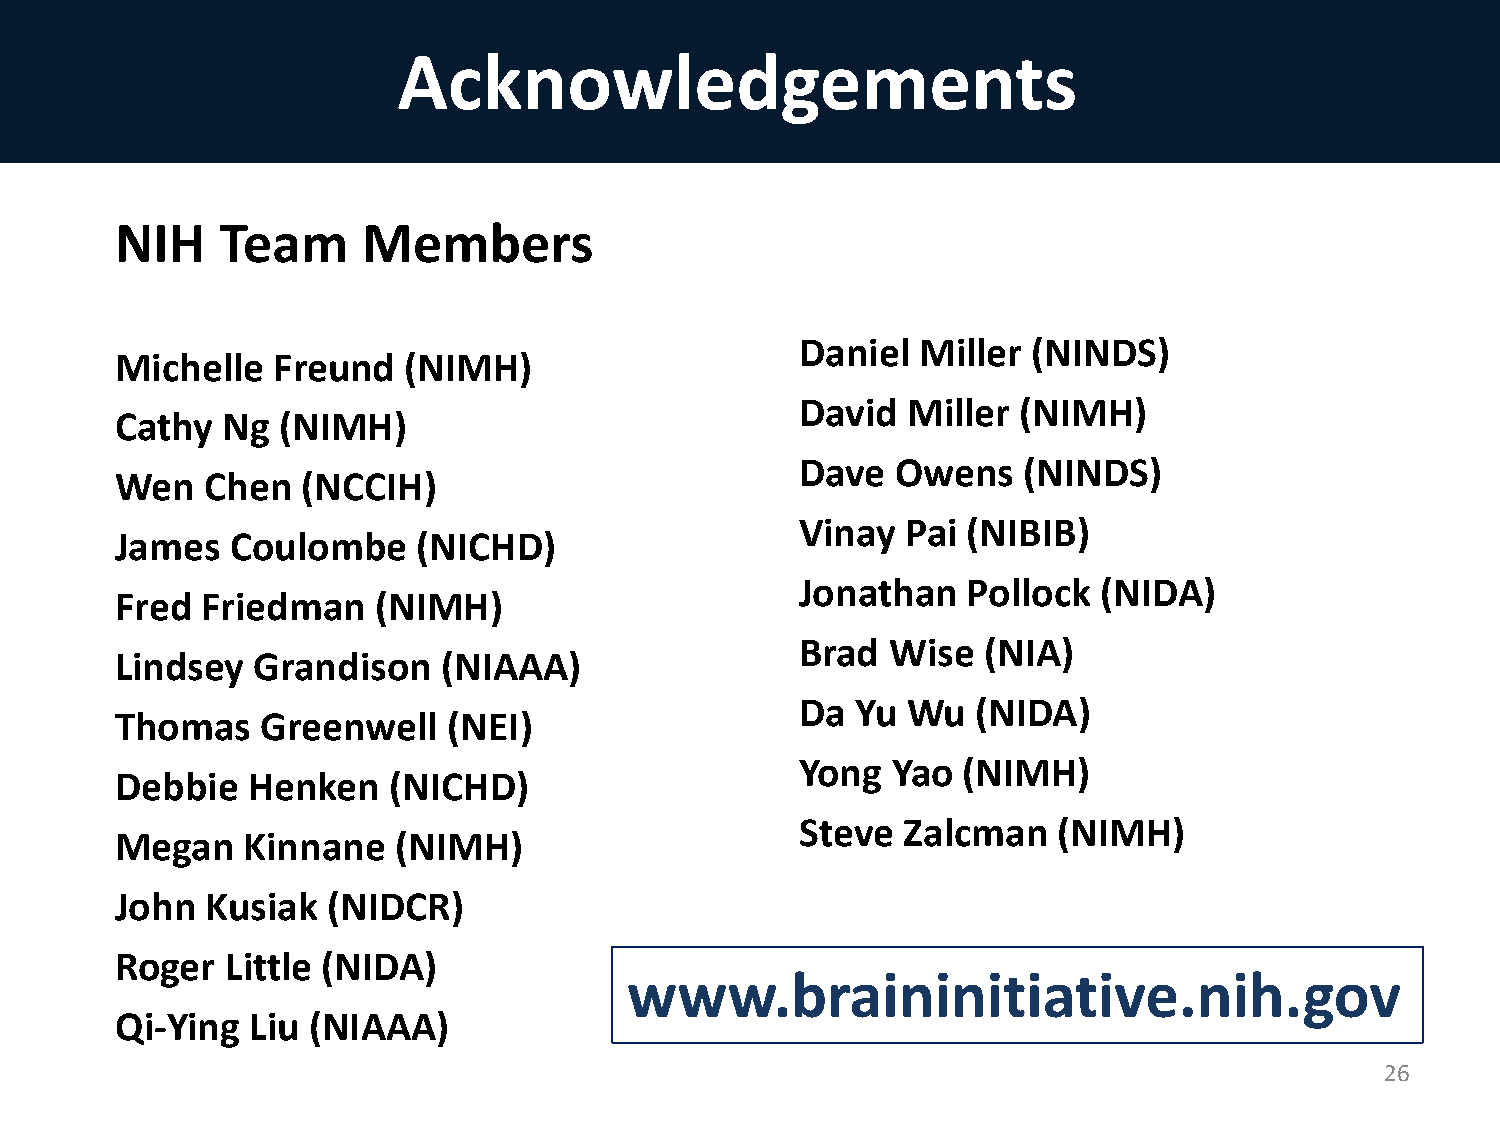
Acknowledgements
 NIH    Team     Members
 Daniel  Miller (NINDS)
 Michelle  Freund   (NIMH)
 David  Miller (NIMH)
 Cathy  Ng (NIMH)
 Dave  Owens    (NINDS)
 Wen   Chen  (NCCIH)
 Vinay  Pai (NIBIB)
 James  Coulombe     (NICHD)
 Jonathan   Pollock  (NIDA)
 Fred Friedman    (NIMH)
 Brad  Wise  (NIA)
 Lindsey  Grandison   (NIAAA)
 Da  Yu Wu   (NIDA)
 Thomas   Greenwell    (NEI)
 Yong  Yao  (NIMH)
 Debbie  Henken    (NICHD)
 Steve  Zalcman   (NIMH)
 Megan   Kinnane   (NIMH)
 John  Kusiak  (NIDCR)
 Roger  Little (NIDA)
 www.braininitiative.nih.gov
 Qi-Ying  Liu (NIAAA)
 26